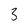
Character: 3